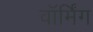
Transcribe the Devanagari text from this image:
वाॅर्मिंग